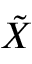
\tilde { X }